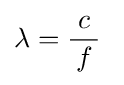
\lambda ={\frac {\;c\;}{f}}~